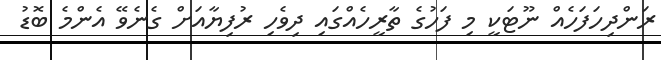
ރަންދިހަފަހެއް ނޫޓަކީ މި ފަހުގެ ތާރީހެއްގައި ދިވެހި ރުފިޔާއަށް ގެނެވޭ އެންމެ ބޮޑު